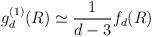
\begin{align*}g_d^{(1)} (R)\simeq \frac{1}{d-3} f_d(R)\end{align*}